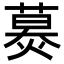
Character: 𦹪